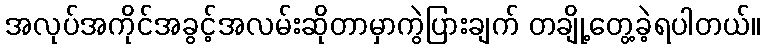
အလုပ်အကိုင်အခွင့်အလမ်းဆိုတာမှာကွဲပြားချက် တချို့တွေ့ခဲ့ရပါတယ်။